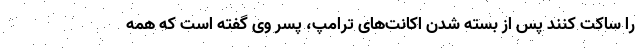
را ساکت کنند پس از بسته شدن اکانت‌های ترامپ، پسر وی گفته است که همه